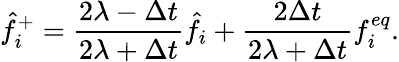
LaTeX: \hat{f}_{i}^{+}=\frac{2\lambda-\Delta t}{2\lambda+\Delta t}\hat{f}_{i}+\frac{2\Delta t}{2\lambda+\Delta t}f_{i}^{eq}.